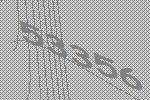
53356